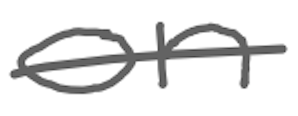
Text: on
Cross-out: single-line
Writing tool: digital_gray